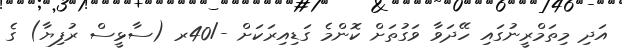
އަދި މިތަމްރީނުގައި ހޭދަވާ ވަގުތަށް ކޮންމެ ގަޑިއިރަކަށް -/40ރ (ސާޅީސް ރުފިޔާ) ގެ